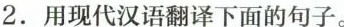
2.用现代汉语翻译下面的句子。